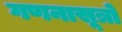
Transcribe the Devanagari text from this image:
गणनासूत्रों